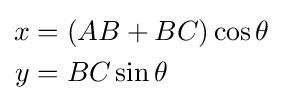
{\begin{aligned}x&=(AB+BC)\cos \theta \,\\y&=BC\sin \theta \,\end{aligned}}